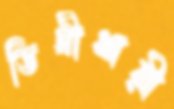
ডিগ্রীধারী